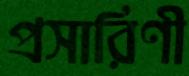
প্রসারিণী